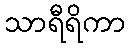
သာရီရိကာ